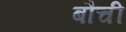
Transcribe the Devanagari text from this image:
बौची